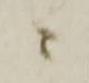
ニ